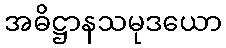
အဓိဋ္ဌာနသမုဒယော